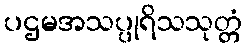
ပဌမအသပ္ပုရိသသုတ္တံ